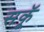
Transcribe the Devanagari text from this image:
सकॅू